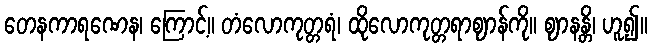
တေနကာရဏေန၊ ကြောင့်။ တံလောကုတ္တရံ၊ ထိုလောကုတ္တရာဈာန်ကို။ ဈာနန္တိ၊ ဟူ၍။